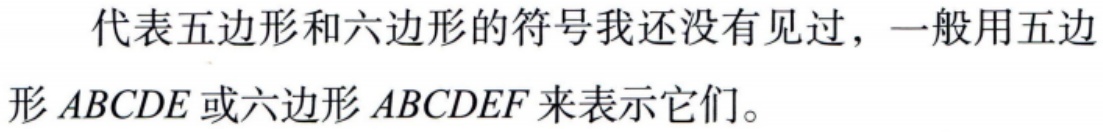
代表五边形和六边形的符号我还没有见过，一般用五边形\(ABCDE\)或六边形\(ABCDEF\)来表示它们。